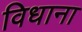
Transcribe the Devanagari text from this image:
विधाना